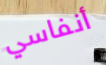
أنفاسي